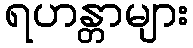
ရဟန္တာများ